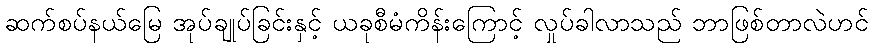
ဆက်စပ်နယ်မြေ အုပ်ချုပ်ခြင်းနှင့် ယခုစီမံကိန်းကြောင့် လှုပ်ခါလာသည် ဘာဖြစ်တာလဲဟင်